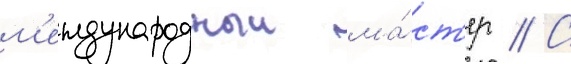
м'еждународныи ма́ст'ер // С